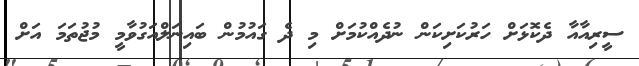
ސީރިއާއާ ދެކޮޅަށް ހަރުކަށިކަން ނުދެއްކުމަށް މި ދެ ގައުމުން ބައިނަލްއަގުވާމީ މުޖުތަމަ އަށް